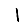
Digit: 1